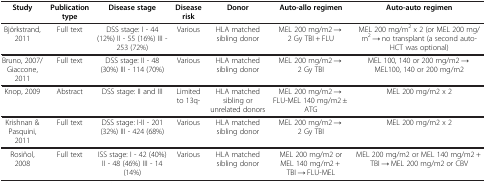
| Study | Publication type | Disease stage | Disease risk | Donor | Auto-allo regimen | Auto-auto regimen |
 | --- | --- | --- | --- | --- | --- | --- |
 | Björkstrand, 2011 | Full text | DSS stage: I - 44 (12%) II - 55 (16%) III - 253 (72%) | Various | HLA matched sibling donor | MEL 200 mg/m2 → 2 Gy TBI + FLU | MEL 200 mg/m2 x 2 (or MEL 200 mg/m2 → no transplant (a second auto-HCT was optional) |
 | Bruno, 2007/ Giaccone, 2011 | Full text | DSS stage: II - 48 (30%) III - 114 (70%) | Various | HLA matched sibling donor | MEL 200 mg/m2 → 2 Gy TBI | MEL 100, 140 or 200 mg/m2 → MEL100, 140 or 200 mg/m2 |
 | Knop, 2009 | Abstract | DSS stage: II and III | Limited to 13q- | HLA matched sibling or unrelated donors | MEL 200 mg/m2 → FLU-MEL 140 mg/m2 ± ATG | MEL 200 mg/m2 x 2 |
 | Krishnan & Pasquini, 2011 | Full text | DSS stage: I-II - 201 (32%) III - 424 (68%) | Various | HLA matched sibling donor | MEL 200 mg/m2 → 2 Gy TBI | MEL 200 mg/m2 x 2 |
 | Rosiñol, 2008 | Full text | ISS stage: I - 42 (40%) II - 48 (46%) III - 14 (14%) | Various | HLA matched sibling donor | MEL 200 mg/m2 or MEL 140 mg/m2 + TBI → FLU-MEL | MEL 200 mg/m2 or MEL 140 mg/m2 + TBI → MEL 200 mg/m2 or CBV |